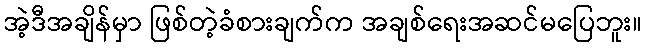
အဲ့ဒီအချိန်မှာ ဖြစ်တဲ့ခံစားချက်က အချစ်ရေးအဆင်မပြေဘူး။